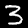
Label: 3